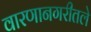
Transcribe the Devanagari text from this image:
वारणानगरीतले